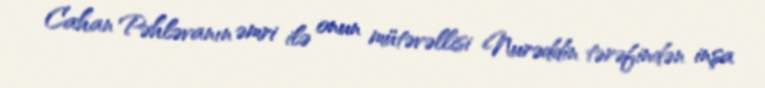
Cahan Pəhləvanın əmri ilə onun mütəvəllisi Nurəddin tərəfindən inşa